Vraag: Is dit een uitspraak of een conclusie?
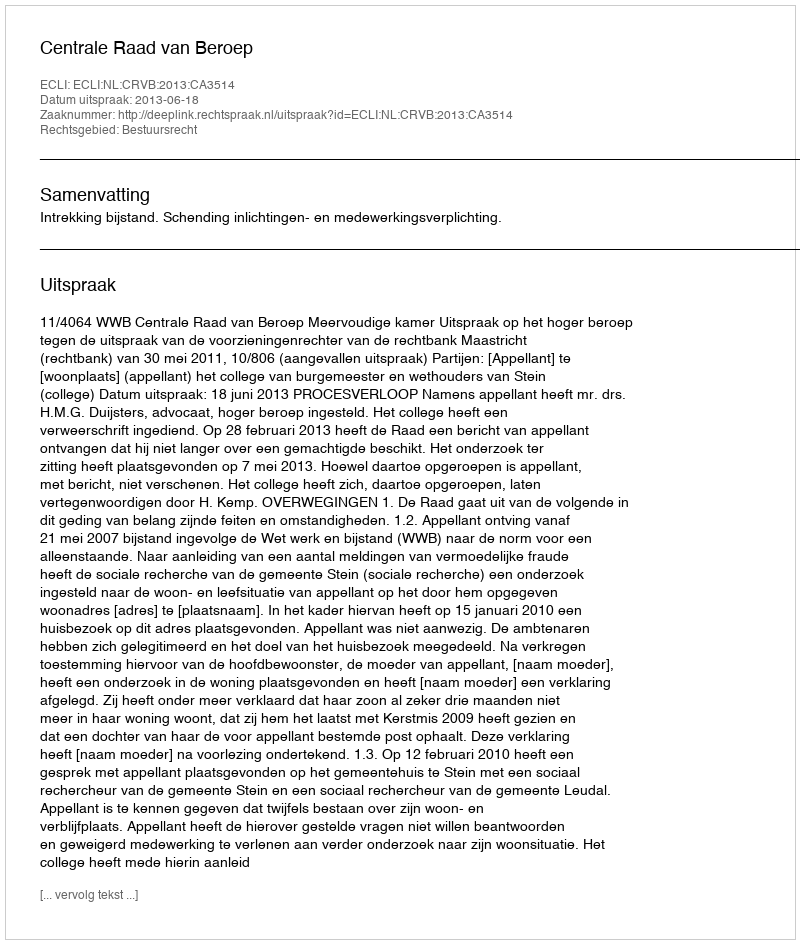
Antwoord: Uitspraak